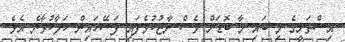
އިސްތަށީގެ މި ބައި މާ ބޮޑަށް ވެސް ނާޒުކުވެފައި ފަސޭހައިން ހަލާކުވާނެ އެވެ.